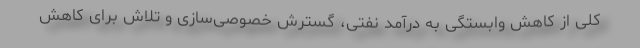
کلی از کاهش وابستگی به درآمد نفتی، گسترش خصوصی‌سازی و تلاش برای کاهش